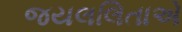
જયલલિતાએ